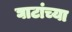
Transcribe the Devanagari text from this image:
घाटांच्या